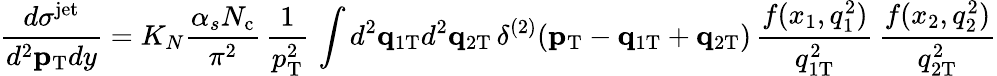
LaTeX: \frac{d\sigma^{\mathrm{jet}}}{d^{2}{\mathbf p}_{\mathrm{T}}dy}=K_{N}\frac{\alpha_{s}N_{\mathrm{c}}}{\pi^{2}}\, \frac{1}{p_{\mathrm{T}}^{2}}\, \int d^{2}{\mathbf q}_{1\mathrm{T}}d^{2}{\mathbf q}_{2\mathrm{T}}\, \delta^{(2)}({\mathbf p}_{\mathrm{\mathrm{T}}}-{\mathbf q}_{1\mathrm{T}}+{\mathbf q}_{2\mathrm{T}})\, \frac{f(x_{1},q_{1}^{2})}{q_{1\mathrm{T}}^{2}}\, \frac{f(x_{2},q_{2}^{2})}{q_{2\mathrm{T}}^{2}}